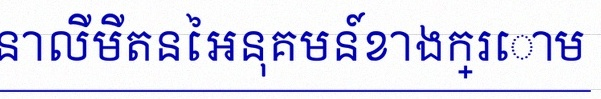
គណនាលីមីតនៃអនុគមន៍ខាងក្រោម